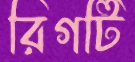
রিগটি